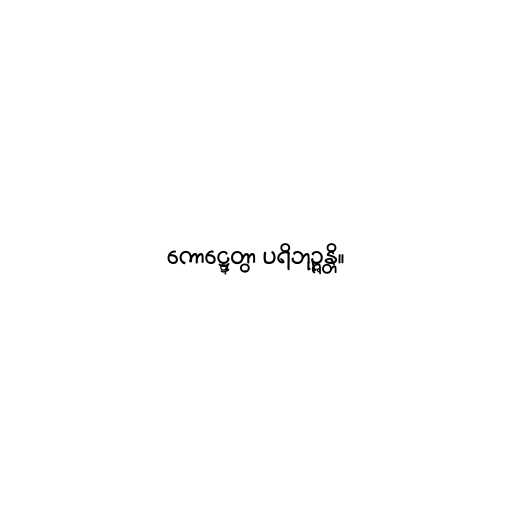
ကောဋ္ဋေတွာ ပရိဘုဉ္ဇန္တိ။